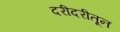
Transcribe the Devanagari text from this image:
दरीदरीतून